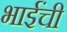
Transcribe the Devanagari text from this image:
भाईंची